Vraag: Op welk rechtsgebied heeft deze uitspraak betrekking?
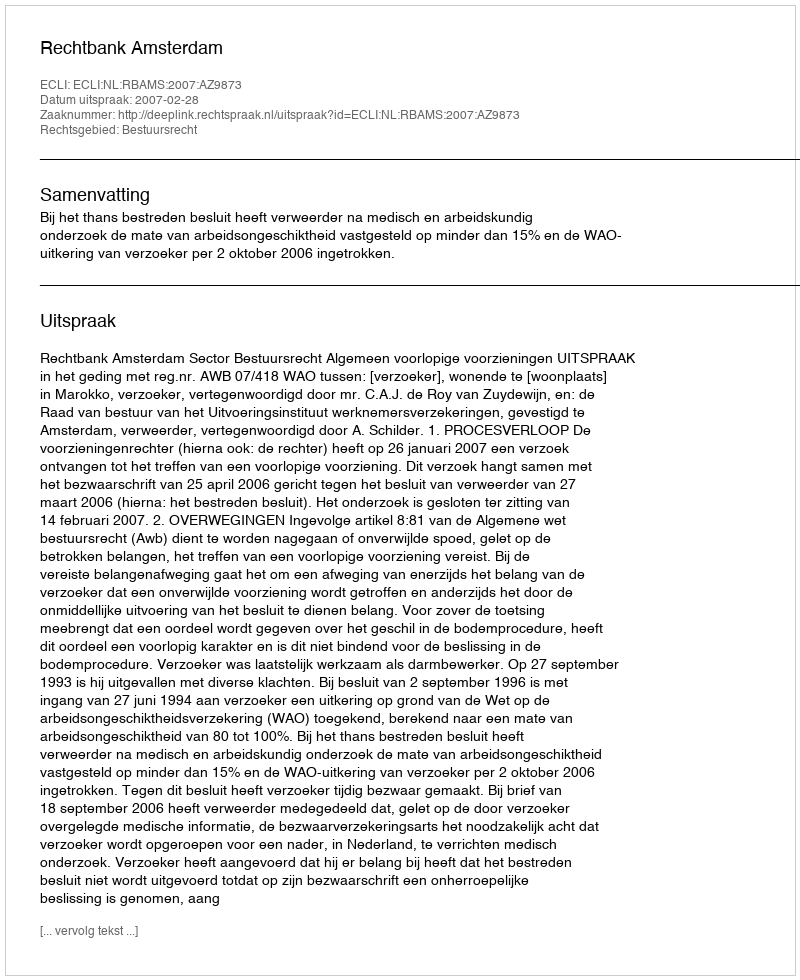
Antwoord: Bestuursrecht